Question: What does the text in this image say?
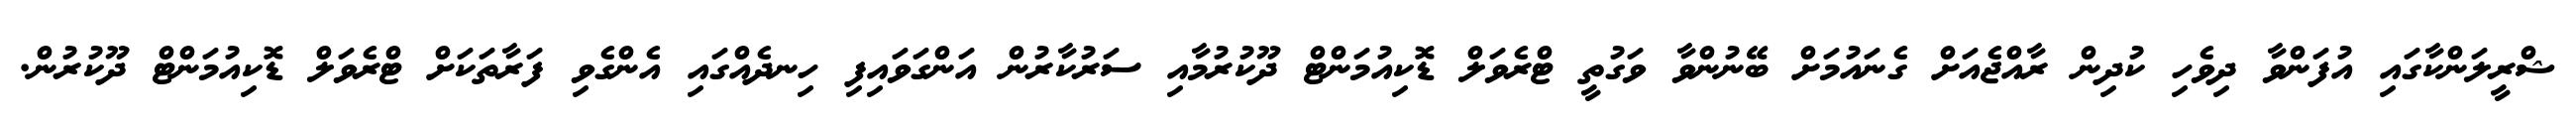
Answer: ޝްރީލަންކާގައި އުފަންވާ ދިވެހި ކުދިން ރާއްޖެއަށް ގެނައުމަށް ބޭނުންވާ ވަގުތީ ޓްރެވަލް ޑޮކިއުމަންޓް ދޫކުރުމާއި ސަރުކާރުން އަންގަވައިފި ހިނދެއްގައި އެންގެވި ފަރާތަކަށް ޓްރެވަލް ޑޮކިއުމަންޓް ދޫކުރުން.